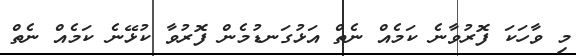
މި ވާހަކަ ފޮރުވާނެ ކަމެއް ނެތް އަޅުގަނޑުމެން ފޮރުވާ ކުޅޭނެ ކަމެއް ނެތް